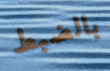
بالضبط